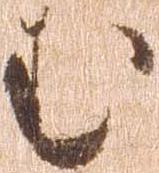
む